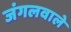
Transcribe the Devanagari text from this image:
जंगलवाले